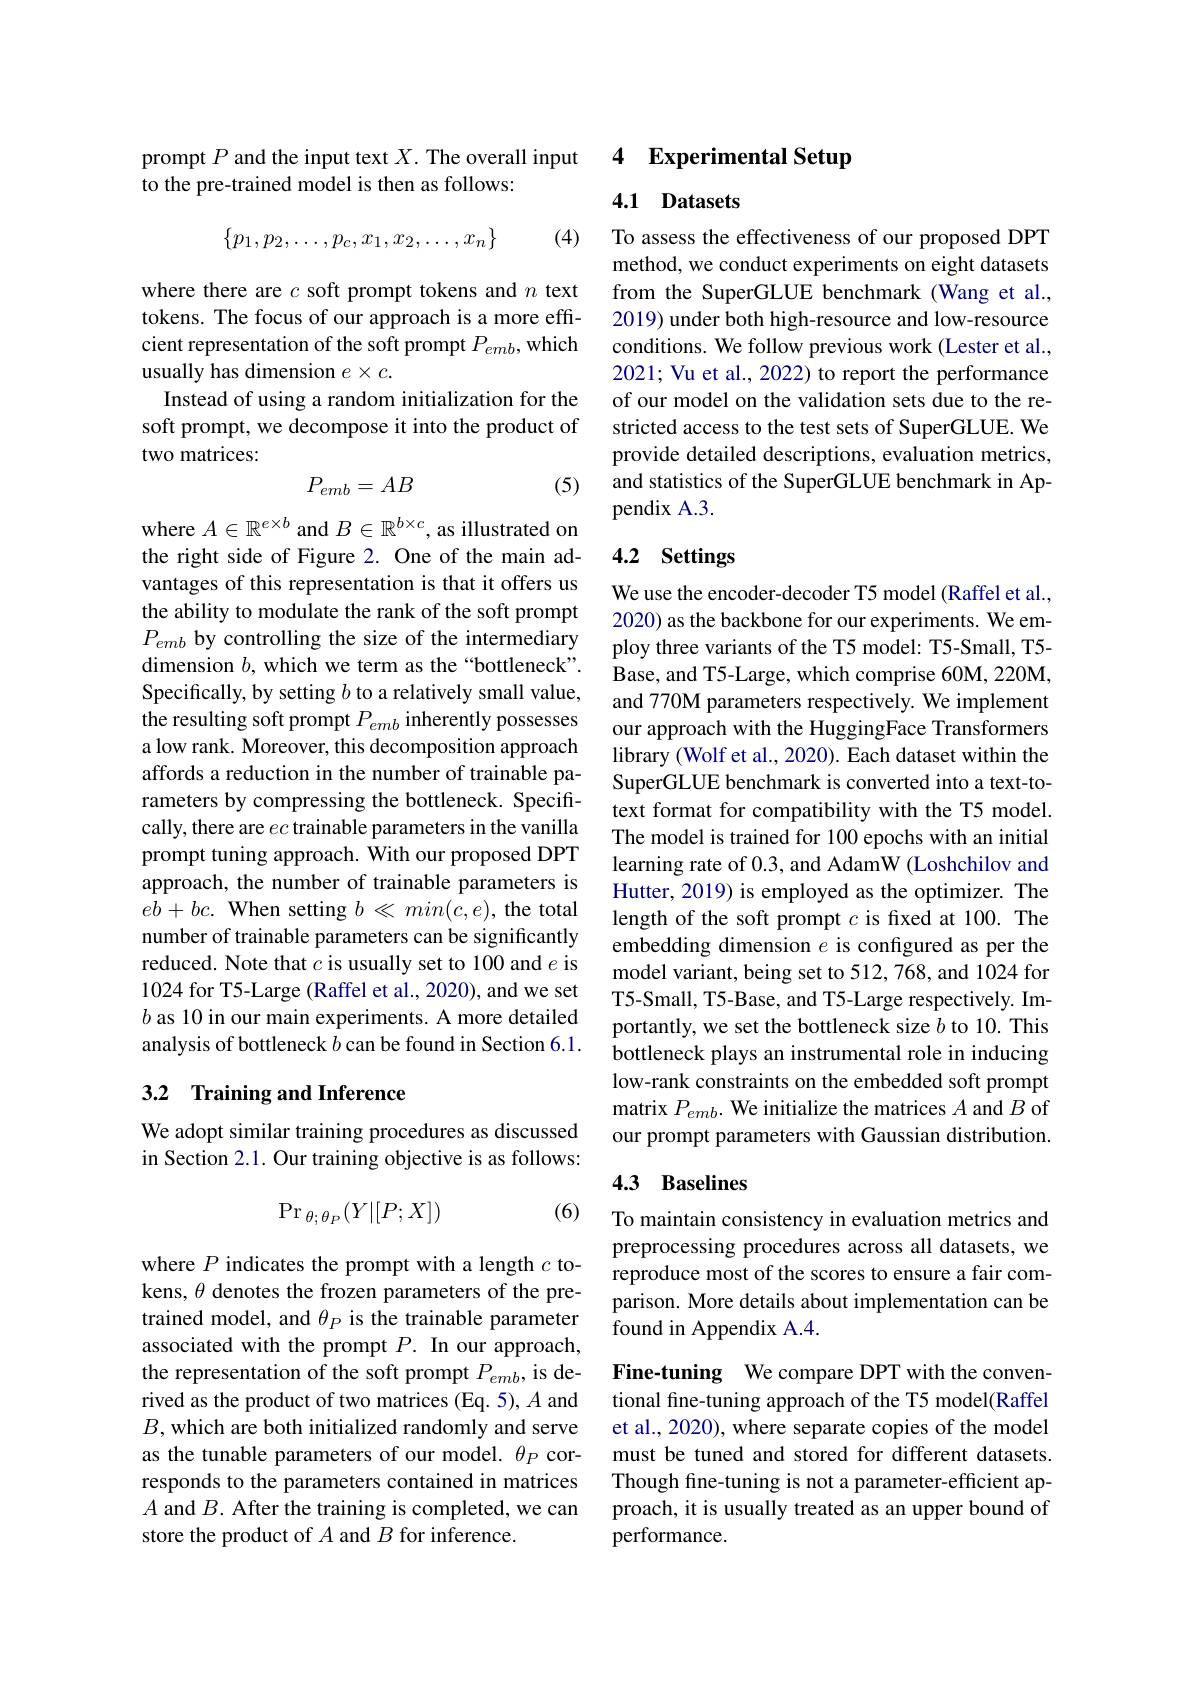
prompt $P$ and the input text $X.$ The overall input
to the pre-trained model is then as follows:
$$\{p_1,p_2,\dots,p_c,x_1,x_2,\dots,x_n\}$$
(4)

where there are $c$ soft prompt tokens and $n$ text tokens. The focus of our approach is a more effcient representation of the soft prompt $P_emb$,which usually has dimension $e\times c.$
Instead of using a random initialization for the soft prompt, we decompose it into the product of two matrices:
$$P_{emb}=AB$$
(5)

where $A\in\mathbb{R}^e\times b$ and $B\in\mathbb{R}^b\times c$, as illustrated on the right side of Figure 2. One of the main advantages of this representation is that it offers us the ability to modulate the rank of the soft prompt $P_{emb}$ by controlling the size of the intermediary dimension $b$, which we term as the“bottleneck”. Specifically, by setting $b$ to a relatively small value, the resulting soft prompt $P_{emb}$ inherently possesses a low rank. Moreover, this decomposition approach affords a reduction in the number of trainable parameters by compressing the bottleneck. Specifically, there are $ec$ trainable parameters in the vanilla prompt tuning approach. With our proposed DPT approach, the number of trainable parameters is $eb+ bc. \textbf{ When setting }b\ll min( c, e) $, the total number of trainable parameters can be significantly reduced. Note that $c$ is usually set to 100 and $e$ is 1024 for T5-Large (Raffel et al., 2020), and we set $b$ as 10 in our main experiments. A more detailed analysis of bottleneck $b$ can be found in Section 6.1.

### 3.2 Training and Inference

We adopt similar training procedures as discussed in Section 2.1. Our training objective is as follows:
$$\Pr_{\theta;\theta_P}(Y|[P;X])$$
(6)

where $P$ indicates the prompt with a length $c$ tokens, $\theta$ denotes the frozen parameters of the pretrained model, and $\theta_P$ is the trainable parameter associated with the prompt $P.$ In our approach, the representation of the soft prompt $P_{emb}$, is derived as the product of two matrices (Eq. 5), A and $B$, which are both initialized randomly and serve as the tunable parameters of our model. $\theta_P$ corresponds to the parameters contained in matrices $A$ and $B.$ After the training is completed, we can store the product of $A$ and $B$ for inference.

4 Experimental Setup

4.1 Datasets

To assess the effectiveness of our proposed DPT method, we conduct experiments on eight datasets from the SuperGLUE benchmark (Wang et al., 2019) under both high-resource and low-resource conditions. We follow previous work (Lester et al., 2021; Vu et al., 2022) to report the performance of our model on the validation sets due to the restricted access to the test sets of SuperGLUE. We provide detailed descriptions, evaluation metrics, and statistics of the SuperGLUE benchmark in Appendix A.3.

# 4.2 Settings

We use the encoder-decoder T5 model (Raffel et al., 2020) as the backbone for our experiments. We employ three variants of the T5 model: T5-Small, T5- Base, and T5-Large, which comprise 60M, 220M, and 770M parameters respectively. We implement our approach with the HuggingFace Transformers library (Wolf et al., 2020). Each dataset within the SuperGLUE benchmark is converted into a text-totext format for compatibility with the T5 model. The model is trained for 100 epochs with an initial learning rate of 0.3, and AdamW (Loshchilov and Hutter, 2019) is employed as the optimizer. The length of the soft prompt $c$ is fixed at 100. The embedding dimension $e$ is configured as per the model variant, being set to 512, 768, and 1024 for T5-Small, T5-Base, and T5-Large respectively. Importantly, we set the bottleneck size $b$ to 10. This bottleneck plays an instrumental role in inducing low-rank constraints on the embedded soft prompt matrix $P_emb.$ We initialize the matrices $A$ and $B$ of our prompt parameters with Gaussian distribution.

## 4.3 Baselines

To maintain consistency in evaluation metrics and preprocessing procedures across all datasets, we reproduce most of the scores to ensure a fair comparison. More details about implementation can be found in Appendix A.4.

Fine-tuning We compare DPT with the conventional fine-tuning approach of the T5 model(Raffel et al., 2020), where separate copies of the model must be tuned and stored for different datasets. Though fine-tuning is not a parameter-efficient approach, it is usually treated as an upper bound of performance.